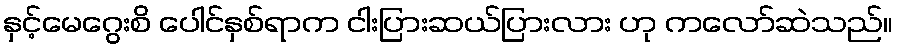
နှင့်မေဂွေးစိ ပေါင်နှစ်ရာက ငါးပြားဆယ်ပြားလား ဟု ကလော်ဆဲသည်။